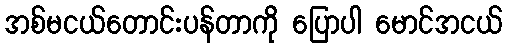
အစ်မငယ်တောင်းပန်တာကို ပြောပါ မောင်အငယ်